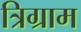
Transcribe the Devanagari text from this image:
त्रिग्राम